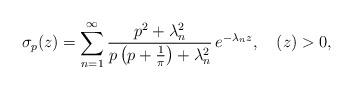
LaTeX: \begin{align*}\sigma_{p}(z)=\sum_{n=1}^{\infty}\frac{p^{2}+\lambda_{n}^{2}}{p\left(p+\frac{1}{\pi}\right)+\lambda_{n}^{2}}\,e^{-\lambda_{n}z},\,\,\,\,\,\,(z)>0,\end{align*}